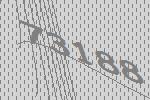
73188